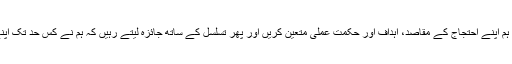
ایسا کبھی نہیں ہوا کہ ہم اپنے احتجاج کے مقاصد، اہداف اور حکمت عملی متعین کریں اور پھر تسلسل کے ساتھ جائزہ لیتے رہیں کہ ہم نے کس حد تک اپنے اہداف حاصل کیے۔